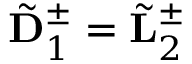
\tilde { \bf D } _ { 1 } ^ { \pm } = \tilde { \bf L } _ { 2 } ^ { \pm }